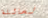
لعائلة